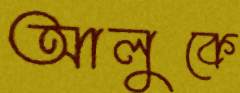
আলুকে